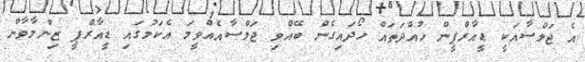
އެ ޖަލްސާއަކީ ޑީއާރްޕީން ހުއްދަތައް ހޯދައިގެން ބޭއްވި ޖަލްސާއެއްވީމަ އެކަމުގައި ޑީއާރްޕީ ޒިންމާވާން